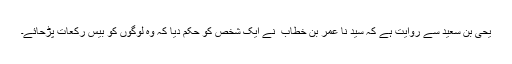
یحیٰ بن سعید سے روایت ہے کہ سید نا عمر بن خطاب ؓ نے ایک شخص کو حکم دیا کہ وہ لوگوں کو بیس رکعات پڑحائے۔